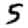
Digit: 5